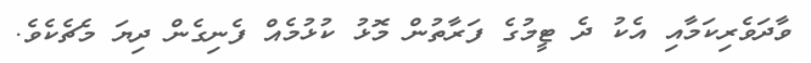
ވާދަވެރިކަމާއި އެކު ދެ ޓީމުގެ ފަރާތުން މޮޅު ކުޅުމެއް ފެނިގެން ދިޔަ މެޗެކެވެ.